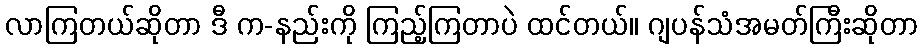
လာကြတယ်ဆိုတာ ဒီ က-နည်းကို ကြည့်ကြတာပဲ ထင်တယ်။ ဂျပန်သံအမတ်ကြီးဆိုတာ